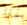
شقة